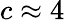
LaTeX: c\approx 4